Etiology and epidemiology of plague
Disease focus: Plague
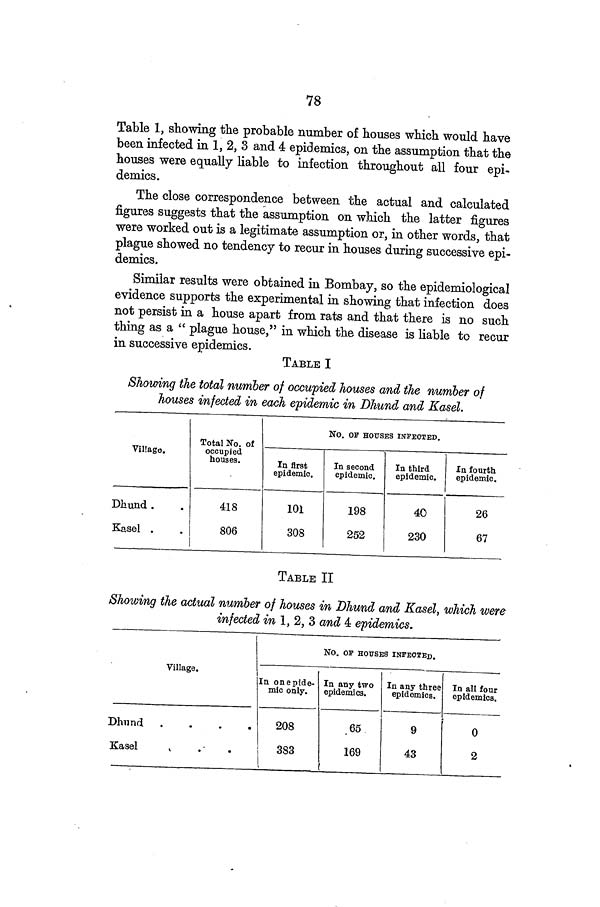
78
Table 1, showing the probable number of houses which would have
been infected in 1, 2, 3 and 4 epidemics, on the assumption that the
houses were equally liable to infection throughout all four epi-
demics.
The close correspondence between the actual and calculated
figures suggests that the assumption on which the latter figures
were worked out is a legitimate assumption or, in other words, that
plague showed no tendency to recur in houses during successive epi-
demics.
Similar results were obtained in Bombay, so the epidemiological
evidence supports the experimental in showing that infection does
not persist in a house apart from rats and that there is no such
thing as a " plague house," in which the disease is liable to recur
in successive epidemics.
TABLE I
Showing the total number of occupied houses and the number of
houses infected in each epidemic in Dhund and Kasel.
Village.
Dhund .
Kasel
Total No. of
occupied
houses.
418
806
NO. OF HOUSES INFECTED.
In first
epidemic.
101
308
In second
epidemic.
198
252
In third
epidemic.
40
230
In fourth
epidemic.
26
67
TABLE II
Showing the actual number of houses in Dhund and Kasel, which were
infected in 1, 2, 3 and 4 epidemics.
NO. OP HOUSES INFECTED.
Village.
Dhund
Kasel
In onepide-
mic only.
208
383
In any two
epidemics.
65
169
In any three
epidemics.
9
43
In all four
epidemics.
0
2